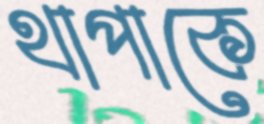
থাপাকে